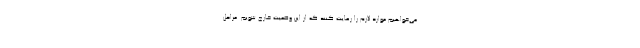
می‌خواهیم موارد لازم را رعایت کنند که از این وضعیت خارج شویم. مراحل